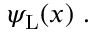
\psi _ { \mathrm { { L } } } ( x ) ~ .